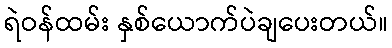
ရဲဝန်ထမ်း နှစ်ယောက်ပဲချပေးတယ်။